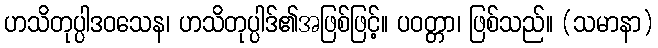
ဟသိတုပ္ပါဒဝသေန၊ ဟသိတုပ္ပါဒ်၏အဖြစ်ဖြင့်။ ပဝတ္တာ၊ ဖြစ်သည်။ (သမာနာ)